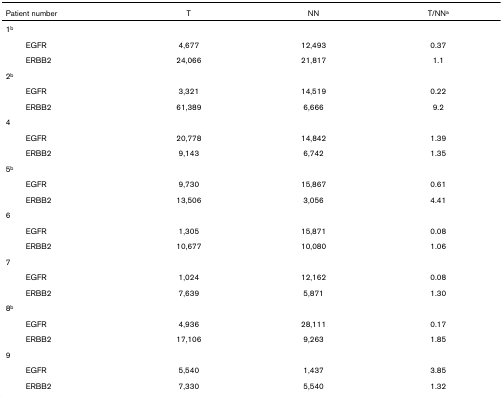
<table><thead><tr><td><b>Patient number</b></td><td><b>T</b></td><td><b>NN</b></td><td><b>T/NN<sup>a</sup></b></td></tr></thead><tbody><tr><td>1<sup>b</sup></td><td>[EMPTY_CELL]</td><td>[EMPTY_CELL]</td><td>[EMPTY_CELL]</td></tr><tr><td>EGFR</td><td>4,677</td><td>12,493</td><td>0.37</td></tr><tr><td>ERBB2</td><td>24,066</td><td>21,817</td><td>1.1</td></tr><tr><td>2<sup>b</sup></td><td>[EMPTY_CELL]</td><td>[EMPTY_CELL]</td><td>[EMPTY_CELL]</td></tr><tr><td>EGFR</td><td>3,321</td><td>14,519</td><td>0.22</td></tr><tr><td>ERBB2</td><td>61,389</td><td>6,666</td><td>9.2</td></tr><tr><td>4</td><td>[EMPTY_CELL]</td><td>[EMPTY_CELL]</td><td>[EMPTY_CELL]</td></tr><tr><td>EGFR</td><td>20,778</td><td>14,842</td><td>1.39</td></tr><tr><td>ERBB2</td><td>9,143</td><td>6,742</td><td>1.35</td></tr><tr><td>5<sup>b</sup></td><td>[EMPTY_CELL]</td><td>[EMPTY_CELL]</td><td>[EMPTY_CELL]</td></tr><tr><td>EGFR</td><td>9,730</td><td>15,867</td><td>0.61</td></tr><tr><td>ERBB2</td><td>13,506</td><td>3,056</td><td>4.41</td></tr><tr><td>6</td><td>[EMPTY_CELL]</td><td>[EMPTY_CELL]</td><td>[EMPTY_CELL]</td></tr><tr><td>EGFR</td><td>1,305</td><td>15,871</td><td>0.08</td></tr><tr><td>ERBB2</td><td>10,677</td><td>10,080</td><td>1.06</td></tr><tr><td>7</td><td>[EMPTY_CELL]</td><td>[EMPTY_CELL]</td><td>[EMPTY_CELL]</td></tr><tr><td>EGFR</td><td>1,024</td><td>12,162</td><td>0.08</td></tr><tr><td>ERBB2</td><td>7,639</td><td>5,871</td><td>1.30</td></tr><tr><td>8<sup>b</sup></td><td>[EMPTY_CELL]</td><td>[EMPTY_CELL]</td><td>[EMPTY_CELL]</td></tr><tr><td>EGFR</td><td>4,936</td><td>28,111</td><td>0.17</td></tr><tr><td>ERBB2</td><td>17,106</td><td>9,263</td><td>1.85</td></tr><tr><td>9</td><td>[EMPTY_CELL]</td><td>[EMPTY_CELL]</td><td>[EMPTY_CELL]</td></tr><tr><td>EGFR</td><td>5,540</td><td>1,437</td><td>3.85</td></tr><tr><td>ERBB2</td><td>7,330</td><td>5,540</td><td>1.32</td></tr></tbody></table>